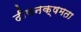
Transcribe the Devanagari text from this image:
दीपनक्षमता